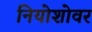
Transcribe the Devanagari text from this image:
नियोशोवर